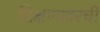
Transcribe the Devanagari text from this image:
शिक्षणावरची